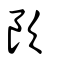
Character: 欴